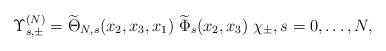
LaTeX: \begin{align*} \Upsilon_{s,\pm}^{(N)}=\widetilde{\Theta}_{N,s}(x_2,x_3,x_1)\;\widetilde{\Phi}_{s}(x_2,x_3)\;\chi_{\pm},s=0,\ldots,N,\end{align*}